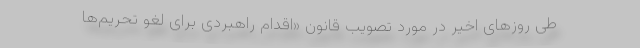
طی روزهای اخیر در مورد تصویب قانون «اقدام راهبردی برای لغو تحریم‌ها